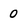
Character: 0